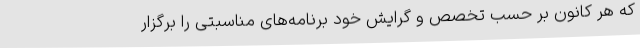
که هر کانون بر حسب تخصص و گرایش خود برنامه‌های مناسبتی را برگزار